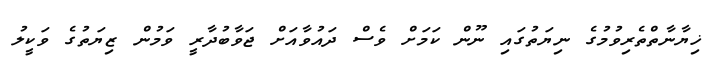
ޚިޔާނާތްތެރިވުމުގެ ނިޔަތުގައި ނޫން ކަމަށް ވެސް ދައުވާއަށް ޖަވާބުދާރީ ވަމުން ޒިޔަތުގެ ވަކީލު